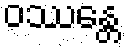
ဝဿန္တေ